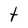
Character: t